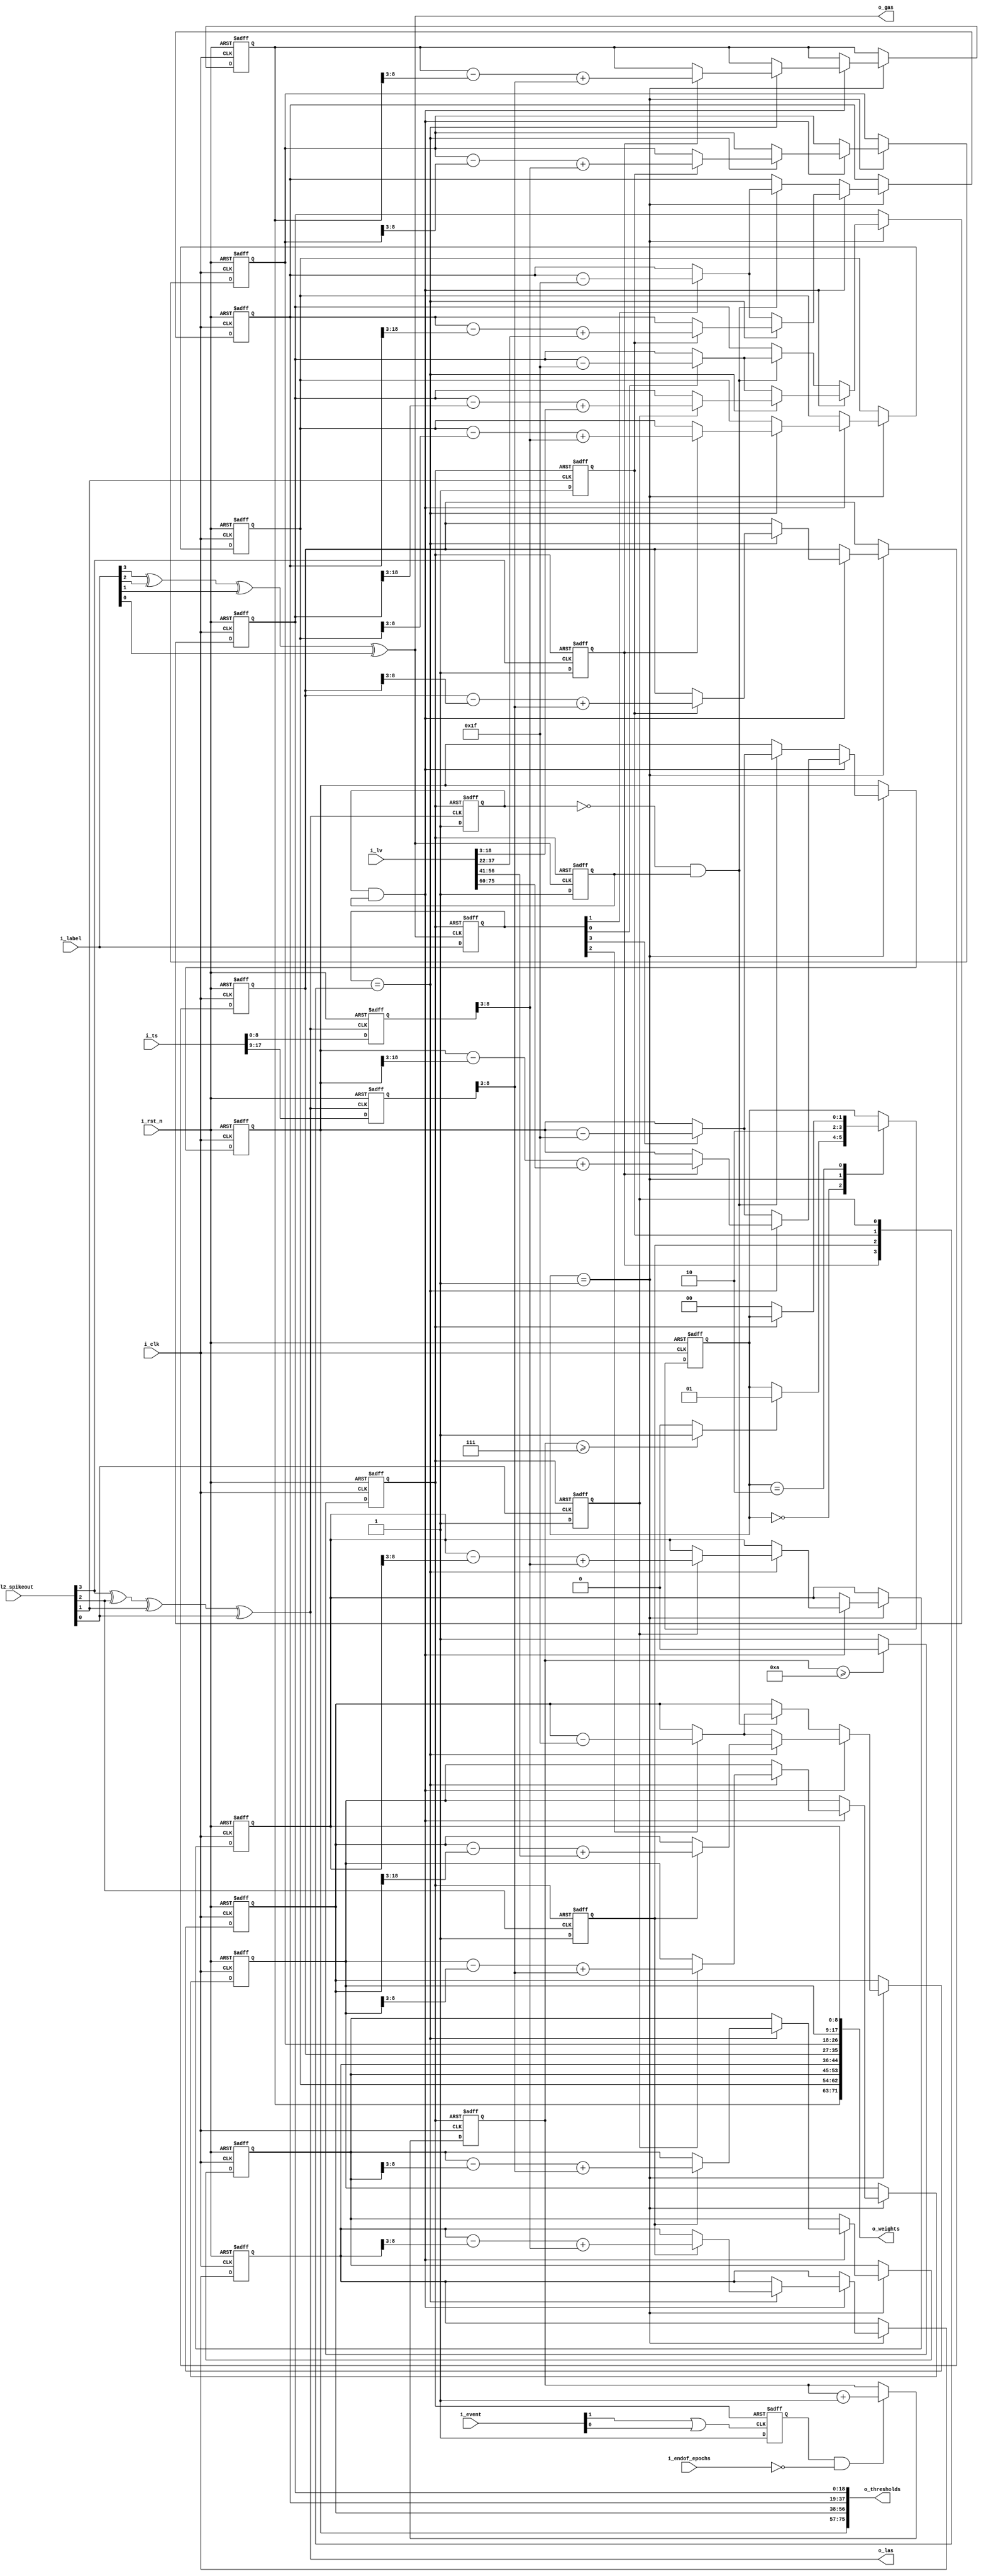

module L2_train
#(parameter p_width = 9)
(
 input                        i_clk,
 input                        i_rst_n,
 input  [2:1]                 i_event,
 input  [4:1]                 i_label,
 input  [4:1]                 i_l2_spikeout,
 input  [(2*p_width)-1:0]     i_ts,
 input  [4*(2*p_width+1)-1:0] i_lv,
 input                        i_endof_epochs,
 output                       o_las,
 output                       o_gas,
 output [4*(2*p_width)-1:0]   o_weights,
 output [4*(2*p_width+1)-1:0] o_thresholds
 );

parameter p_deltaT = 10'h1f;
parameter p_default_thr = 19'h0_1f_ff;
parameter p_default_w = 9'h03f;//{p_width{1'b1}};
parameter p_epochs = 5000;
parameter p_wait_clks = 10;
parameter p_pass_lvl_2 = 7;


wire                         w_input_event_on;
wire                         w_is_label;
wire                         w_is_winner;
reg                          r_stop_n;
reg  [1:0]                   r_state;
reg  [4:1]                   r_winner;
reg  [4:1]                   r_label;
reg                          r_is_winner;
reg                          r_is_label;
reg  [$clog2(p_wait_clks):0] r_counter;
reg  [p_width-1:0]           r_w1[4:1];
reg  [p_width-1:0]           r_w2[4:1];
reg  [p_width-1:0]           r_ts[2:1];
reg  [(2*p_width+1)-1:0]     r_threshold[4:1];

reg                          r_training_active;
genvar i;



assign w_input_event_on  = i_event[2] | i_event[1] ;
//assign w_count_reset_n = ~w_input_event_on & r_start;
assign w_is_winner = i_l2_spikeout[4] ^ i_l2_spikeout[3] ^ i_l2_spikeout[2] ^ i_l2_spikeout[1];
assign w_is_label = i_label[4] ^ i_label[3] ^ i_label[2] ^ i_label[1];
assign o_las = w_is_winner; //i_l2_spikeout[4] | i_l2_spikeout[3] | i_l2_spikeout[2] | i_l2_spikeout[1];
assign o_gas = w_is_label; //i_label[4] | i_label[3] | i_label[2] | i_label[1];
assign o_thresholds = {r_threshold[4],r_threshold[3],r_threshold[2],r_threshold[1]};
assign o_weights = {r_w2[4],r_w1[4],r_w2[3],r_w1[3],r_w2[2],r_w1[2],r_w2[1],r_w1[1]};
//assign w_pass_l1 = (r_counter >= p_pass_lvl_1)? 1:0;
assign w_pass_l2 = (r_counter >= p_pass_lvl_2)? 1:0;


always @(posedge w_is_winner or negedge i_rst_n)
   begin	
	 if(!i_rst_n)
		begin
		  r_ts[1] <= {p_width{1'b0}};
		  r_ts[2] <= {p_width{1'b0}};		
		end
	  else
		begin
		  r_ts[1] <= i_ts[p_width-1:0];
		  r_ts[2] <= i_ts[2*p_width-1:p_width];	
		end
   end


always @(posedge i_clk or negedge i_rst_n) 
begin
  if(!i_rst_n)
     r_stop_n <= 1'b0;
  else 
    if(r_counter >= p_wait_clks) 
      r_stop_n <= 1'b0;
    else
      r_stop_n <= 1'b1; 
end

always @(posedge w_input_event_on or negedge r_stop_n)
begin
  if(!r_stop_n)
    r_training_active <= 1'b0;
  else
    r_training_active <= 1'b1;
end

always @(posedge ~i_clk or negedge r_stop_n)
begin 
   if(!r_stop_n)
     r_counter <= 0;
   else if(r_training_active && !i_endof_epochs)
     r_counter <= r_counter +1; 
end	

//latch winner
generate
for(i=1;i<=4;i=i+1) 
  begin
	always @(posedge i_l2_spikeout[i] or negedge r_stop_n) 
	begin
	  if(!r_stop_n)
		  r_winner[i] <= 1'b0;
	  else 
		  r_winner[i] <= 1'b1; 
	end 
  end
endgenerate 


always @(posedge w_is_label or negedge r_stop_n)
begin
  if(!r_stop_n)
    r_is_label <= 1'b0;
  else
    r_is_label <= 1'b1;
end

always @(posedge w_is_label or negedge r_stop_n)
begin
  if(!r_stop_n)
    r_label <= 4'b0;
  else
    r_label <= i_label;
end

always @(posedge w_is_winner or negedge r_stop_n)
begin
  if(!r_stop_n)
    r_is_winner <= 1'b0;
  else
    r_is_winner <= 1'b1;
end


//main state machine
always@(posedge i_clk or negedge i_rst_n)
begin 
  if(!i_rst_n)
    begin
	  r_w1[1] <= p_default_w;
	  r_w2[1] <= p_default_w;
	  r_w1[2] <= p_default_w;
	  r_w2[2] <= p_default_w;
	  r_w1[3] <= p_default_w;
	  r_w2[3] <= p_default_w;
	  r_w1[4] <= p_default_w;
	  r_w2[4] <= p_default_w;	  
	  r_threshold[1] <= p_default_thr;
	  r_threshold[2] <= p_default_thr; 
	  r_threshold[3] <= p_default_thr;
	  r_threshold[4] <= p_default_thr;	  
	  r_state <= 0;
	end  
  else
     case(r_state)
	  0:begin
	      if(w_pass_l2) 
		    r_state<= 1;
	    end	 
	  1:begin
	      if(r_is_winner & r_is_label)
		    begin
			  if(r_label == r_winner) 
			    begin
                  if(r_winner[1])
                    begin
				      r_threshold[1] <= r_threshold[1] - {3'b000,r_threshold[1][2*p_width:3]} + {3'b0, i_lv[1*(2*p_width+1)-1:3]}; 
				      r_w1[1] <= r_w1[1] - {3'b000,r_w1[1][p_width-1:3]} + {3'b000,r_ts[1][p_width-1:3]};
				      r_w2[1] <= r_w2[1] - {3'b000,r_w2[1][p_width-1:3]} + {3'b000,r_ts[2][p_width-1:3]};		               
                    end	
			      if(r_winner[2]) 
			        begin
			          r_threshold[2] <= r_threshold[2] - {3'b000,r_threshold[2][2*p_width:3]} + {3'b0, i_lv[2*(2*p_width+1)-1:(2*p_width+1)+3]}; 
			          r_w1[2] <= r_w1[2] -{3'b000,r_w1[2][p_width-1:3]} +{3'b000,r_ts[1][p_width-1:3]};
			          r_w2[2] <= r_w2[2] -{3'b000,r_w2[2][p_width-1:3]} +{3'b000,r_ts[2][p_width-1:3]};
			        end
                  if(r_winner[3])
			        begin
			          r_threshold[3] <= r_threshold[3] - {3'b000,r_threshold[3][2*p_width:3]} + {3'b0, i_lv[3*(2*p_width+1)-1:2*(2*p_width+1)+3]}; 
			          r_w1[3] <= r_w1[3] -{3'b000,r_w1[3][p_width-1:3]} +{3'b000,r_ts[1][p_width-1:3]};
			          r_w2[3] <= r_w2[3] -{3'b000,r_w2[3][p_width-1:3]} +{3'b000,r_ts[2][p_width-1:3]};
			        end
                  if(r_winner[4])				
		    	    begin
			          r_threshold[4] <= r_threshold[4] - {3'b000,r_threshold[4][2*p_width:3]} + {3'b0, i_lv[4*(2*p_width+1)-1:3*(2*p_width+1)+3]}; 
			          r_w1[4] <= r_w1[4] -{3'b000,r_w1[4][p_width-1:3]} +{3'b000,r_ts[1][p_width-1:3]};
			          r_w2[4] <= r_w2[4] -{3'b000,r_w2[4][p_width-1:3]} +{3'b000,r_ts[2][p_width-1:3]};
			        end						
				end
			  else
                begin
				  if(r_label[1]) r_threshold[1] <= r_threshold[1] - p_deltaT;
				  if(r_label[2]) r_threshold[2] <= r_threshold[2] - p_deltaT;
				  if(r_label[3]) r_threshold[3] <= r_threshold[3] - p_deltaT;
				  if(r_label[4]) r_threshold[4] <= r_threshold[4] - p_deltaT;	                 
                end							
			end
		  else if(!r_is_winner & r_is_label)
		     begin
			   if(r_label[1]) r_threshold[1] <= r_threshold[1] - p_deltaT;
			   if(r_label[2]) r_threshold[2] <= r_threshold[2] - p_deltaT;
               if(r_label[3]) r_threshold[3] <= r_threshold[3] - p_deltaT;
               if(r_label[4]) r_threshold[4] <= r_threshold[4] - p_deltaT;			   
			 end
	    //end
	  
	    // end
	      // if(r_is_label)
		    // begin           
              // if(r_winner[1] & r_label[1])
                // begin
				   // r_threshold[1] <= r_threshold[1] - {3'b000,r_threshold[1][2*p_width:3]} + {3'b0, i_lv[1*(2*p_width+1)-1:3]}; 
				   // r_w1[1] <= r_w1[1] - {3'b000,r_w1[1][p_width-1:3]} + {3'b000,r_ts[1][p_width-1:3]};
				   // r_w2[1] <= r_w2[1] - {3'b000,r_w2[1][p_width-1:3]} + {3'b000,r_ts[2][p_width-1:3]};		               
                // end	
              // else if(r_winner[1]^r_label[1]) r_threshold[1] <= r_threshold[1] - p_deltaT;
			  
			  // if(r_winner[2] & r_label[2]) 
			    // begin
			      // r_threshold[2] <= r_threshold[2] - {3'b000,r_threshold[2][2*p_width:3]} + {3'b0, i_lv[2*(2*p_width+1)-1:(2*p_width+1)+3]}; 
			      // r_w1[2] <= r_w1[2] -{3'b000,r_w1[2][p_width-1:3]} +{3'b000,r_ts[1][p_width-1:3]};
			      // r_w2[2] <= r_w2[2] -{3'b000,r_w2[2][p_width-1:3]} +{3'b000,r_ts[2][p_width-1:3]};
			    // end
			  // else if(r_winner[2]^r_label[2]) r_threshold[2] <= r_threshold[2] - p_deltaT;
			  
		      // if(r_winner[3] & r_label[3])
			    // begin
			      // r_threshold[3] <= r_threshold[3] - {3'b000,r_threshold[3][2*p_width:3]} + {3'b0, i_lv[3*(2*p_width+1)-1:2*(2*p_width+1)+3]}; 
			      // r_w1[3] <= r_w1[3] -{3'b000,r_w1[3][p_width-1:3]} +{3'b000,r_ts[1][p_width-1:3]};
			      // r_w2[3] <= r_w2[3] -{3'b000,r_w2[3][p_width-1:3]} +{3'b000,r_ts[2][p_width-1:3]};
			    // end
			  // else if(r_winner[3]^r_label[3]) r_threshold[3] <= r_threshold[3] - p_deltaT;
			  
              // if(r_winner[4] & r_label[4])				
		    	// begin
			      // r_threshold[4] <= r_threshold[4] - {3'b000,r_threshold[4][2*p_width:3]} + {3'b0, i_lv[4*(2*p_width+1)-1:3*(2*p_width+1)+3]}; 
			      // r_w1[4] <= r_w1[4] -{3'b000,r_w1[4][p_width-1:3]} +{3'b000,r_ts[1][p_width-1:3]};
			      // r_w2[4] <= r_w2[4] -{3'b000,r_w2[4][p_width-1:3]} +{3'b000,r_ts[2][p_width-1:3]};
			    // end	
              // else if(r_winner[4]^r_label[4]) r_threshold[4] <= r_threshold[4] - p_deltaT;			   
		    // end
		  r_state <= 2;			  
	    end
	  2:begin
	      if(!r_stop_n) 
		    r_state <= 0;
	    end
      endcase
end	


endmodule